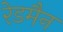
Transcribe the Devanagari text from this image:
रेडमैन